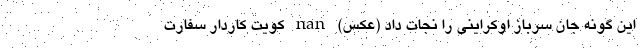
این گونه جان سرباز اوکراینی را نجات داد (عکس) nan کویت کاردار سفارت